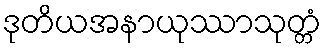
ဒုတိယအနာယုဿာသုတ္တံ